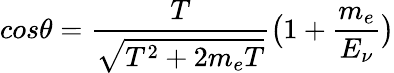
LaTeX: cos\theta=\frac{T}{\sqrt{T^{2}+2m_{e}T}}\big(1+\frac{m_{e}}{E_{\nu}}\big)